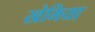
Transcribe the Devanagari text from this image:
खेमिया